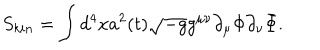
LaTeX: S _ { k i n } = \int d ^ { 4 } x a ^ { 2 } ( t ) \sqrt { - g } g ^ { \mu \nu } \partial _ { \mu } \Phi \partial _ { \nu } \bar { \Phi } .